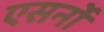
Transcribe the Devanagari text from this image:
एसर्नो